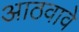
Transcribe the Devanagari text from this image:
आठवावे